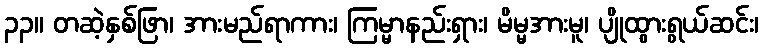
၃၃။ တဆဲ့နှစ်ဖြာ၊ အားမည်ရာကား၊ ကြမ္မာနည်းရှား၊ မိမ္မအားမူ၊ ပျိုထွားရွယ်ဆင်း၊